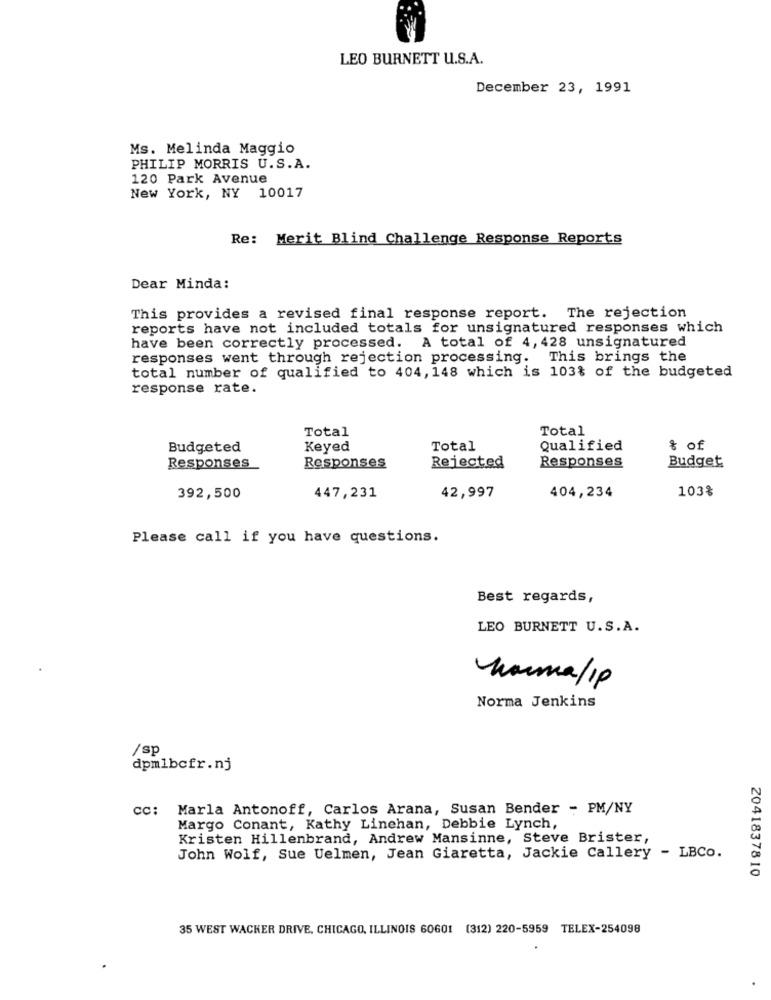
LEO BURNETT U.S.A.
December 23, 1991
Ms. Melinda Maggio
PHILIP MORRIS U.S.A.
120 Park Avenue
New York, NY 10017
Re: Merit Blind Challenge Response Reports
Dear Minda:
This provides a revised final response report. The rejection
reports have not included totals for unsignatured responses which
have been correctly processed. A total of 4, 428 unsignatured
responses went through rejection processing. This brings the
total number of qualified to 404, 148 which is 103% of the budgeted
response rate.
Total
Total
Budgeted
Keyed
Total
Qualified
& of
Responses
Responses
Responses
Rejected
Budget
103%
392,500
447,231
42,997
404,234
Please call if you have questions.
Best regards,
LEO BURNETT U.S.A.
harma/Ip
Norma Jenkins
/sp
dpmlbcfr.nj
cc: Marla Antonoff, Carlos Arana, Susan Bender - PM/NY
Margo Conant, Kathy Linehan, Debbie Lynch,
Kristen Hillenbrand, Andrew Mansinne, Steve Brister,
John Wolf, Sue Uelmen, Jean Giaretta, Jackie Callery - LBCo.
2041837810
35 WEST WACKER DRIVE, CHICAGO, ILLINOIS 60601 (312) 220-5959 TELEX-254098